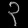
Digit: ၃